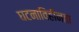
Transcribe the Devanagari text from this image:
घटनाविहीनता